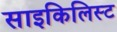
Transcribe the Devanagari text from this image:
साइकिलिस्ट